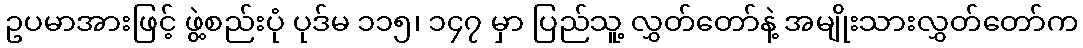
ဥပမာအားဖြင့် ဖွဲ့စည်းပုံ ပုဒ်မ ၁၁၅၊ ၁၄၇ မှာ ပြည်သူ့ လွှတ်တော်နဲ့ အမျိုးသားလွှတ်တော်က